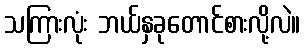
သကြားလုံး ဘယ်နှခုတောင်စားလို့လဲ။